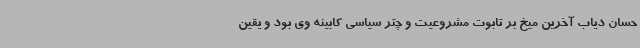
حسان دیاب آخرین میخ بر تابوت مشروعیت و چتر سیاسی کابینه وی بود و یقین